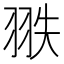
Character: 翐